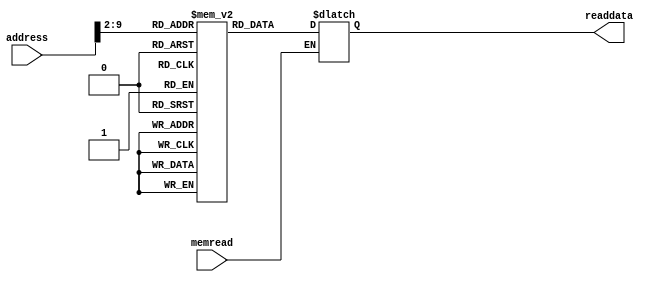
module IMemBank(input memread, input [31:0] address, output reg [31:0] readdata);
 
  reg [31:0] mem_array [255:0];
  reg [31:0]temp;
  integer i;
  initial begin
    for (i=11; i<255; i=i+1)   
	begin
       	mem_array[i]=32'b0;
	end
  end
  always@(memread, address, mem_array[address])
  begin
    if(memread)begin
      temp=address>>2;
      readdata=mem_array[temp];
    end
    //////////////////////////////////////////////////////////////////////////////////////////////////////// test bench!
	//lvl 1
	/*mem_array[0]={6'b0,5'b10,5'b1,5'b11,5'b0,6'b100000};//add reg3,reg2,reg1 =30
	mem_array[1]={6'b0,5'b10,5'b1,5'b100,5'b0,6'b100010};//sub reg4,reg2,reg1 =10
	mem_array[2]={6'b0,5'b10,5'b1,5'b101,5'b0,6'b100101};//or reg5,reg2,reg1 =30
	mem_array[3]={6'b0,5'b10,5'b1,5'b110,5'b0,6'b100100};//and reg6,reg2,reg1 =0
	mem_array[4]={6'b0,5'b10,5'b1,5'b111,5'b0,6'b101010};//stl reg7,reg2,reg1 =0
	
	mem_array[5]={6'b001000,5'b10,5'b1000,16'b1010};//addi r8,r2,10 =30
	mem_array[6]={6'b001010,5'b10,5'b1001,16'b1010};//slti r9,r2,10 =0
	mem_array[7]={6'b001101,5'b10,5'b1010,16'b1010};//ori r10,r2,10 =30
	mem_array[8]={6'b001100,5'b10,5'b1011,16'b1010};//andi r11,r2,10 =0

	mem_array[9]={6'b101011,5'b10,5'b0,16'b1};//sw reg0,1(reg2) =mem[21]<=0
	mem_array[10]={6'b100011,5'b0,5'b1100,16'b0};//lw reg12,0(reg0) =reg[12]<=0
*/
/////////////////////////////////////////////////////////////////////////////////////////////////////////////
	//lvl 2
	/*mem_array[0]={6'b0,5'b10,5'b1,5'b11,5'b0,6'b100000};//add reg3,reg2,reg1 =30
	mem_array[1]={6'b0,5'b11,5'b1,5'b100,5'b0,6'b100010};//sub reg4,reg3,reg1 =20
	mem_array[2]={6'b0,5'b100,5'b1,5'b101,5'b0,6'b100101};//or reg5,reg4,reg1 =30
	mem_array[3]={6'b0,5'b10,5'b1,5'b110,5'b0,6'b100100};//and reg6,reg2,reg1 =0
	mem_array[4]={6'b0,5'b10,5'b1,5'b111,5'b0,6'b101010};//stl reg7,reg2,reg1 =0
	
	mem_array[5]={6'b001000,5'b10,5'b1000,16'b1010};//addi r8,r2,10 =30
	mem_array[6]={6'b001010,5'b1000,5'b1001,16'b1000000};//slti r9,r8,32 =1
	mem_array[7]={6'b001101,5'b10,5'b1010,16'b1010};//ori r10,r2,10 =30
	mem_array[8]={6'b001100,5'b1001,5'b1011,16'b1010};//andi r11,r9,10 =0

	mem_array[9]={6'b101011,5'b1010,5'b1011,16'b1};//sw reg11,1(reg10) =mem[31]<=0
	mem_array[10]={6'b100011,5'b1010,5'b1100,16'b01};//lw reg12,1(reg10) =reg[12]<=0*/
///////////////////////////////////////////////////////////////////////////////////////////////////////////
	//lvl 3
	// mem_array[0]={6'b0,5'b10,5'b1,5'b11,5'b0,6'b100000};//add reg3,reg2,reg1 =30
	// mem_array[1]={6'b0,5'b11,5'b1,5'b100,5'b0,6'b100010};//sub reg4,reg3,reg1 =20
	// mem_array[2]={6'b0,5'b100,5'b1,5'b101,5'b0,6'b100101};//or reg5,reg4,reg1 =30

	// mem_array[3]={6'b100,5'b100,5'b101,16'b10};//beq r4,r5,2ta

	// mem_array[4]={6'b0,5'b10,5'b1,5'b110,5'b0,6'b100100};//and reg6,reg2,reg1 =0

	// mem_array[5]={6'b101,5'b110,5'b101,16'b1000};//bne r6,r5,2ta

	// mem_array[6]={6'b0,5'b10,5'b1,5'b111,5'b0,6'b101010};//stl reg7,reg2,reg1 =0

	// mem_array[7]={6'b10,26'b100};//jump lable4 13 ya 14

	// mem_array[8]={6'b001000,5'b10,5'b1000,16'b1010};//addi r8,r2,10 =30
	// mem_array[9]={6'b001010,5'b1000,5'b1001,16'b1000000};//slti r9,r8,32 =1
	// mem_array[10]={6'b001101,5'b10,5'b1010,16'b1010};//ori r10,r2,10 =30
	// mem_array[11]={6'b001100,5'b1001,5'b1011,16'b1010};//andi r11,r9,10 =0

	// mem_array[12]={6'b101011,5'b1010,5'b1011,16'b1};//sw reg11,1(reg10) =mem[31]<=0
	// mem_array[13]={6'b100011,5'b1010,5'b1100,16'b01};//lw reg12,1(reg10) =reg[12]<=0


/*
	//r2=max , r3=min , r4=1 , r5=i , r6=adress , r7=current
	mem_array[0]={6'b001000,5'b0,5'b10,16'b1010};//addi r2,r0,10
	mem_array[1]={6'b001000,5'b0,5'b11,16'b1010};//addi r3,r0,10
	mem_array[2]={6'b001000,5'b0,5'b100,16'b1};//addi r4,r0,1
	mem_array[3]={6'b001000,5'b0,5'b101,16'b1};//addi r5,r0,1
	//loop:
	mem_array[4]={6'b0,5'b0,5'b00101,5'b00110,11'b0};//add r6,r0,r5
	mem_array[5]={6'b100011,5'b00110,5'b00111,16'b0};//lw r7,0(r6)
	mem_array[6]={6'b0,5'b10,5'b111,5'b01000,5'b0,6'b101010};//slt r8,r7,r2
	mem_array[7]={6'b100,5'b1000,5'b0,16'b10};//beq r8,r0,lable1
	mem_array[8]={6'b10,26'b1010};//jump lable2 adrese 9 ya 8
	//lable1
	mem_array[9]={6'b1000,5'b111,5'b10,16'b0};//addi r2,r7,0
	//lable2:
	mem_array[10]={6'b0,5'b11,5'b111,5'b1000,5'b0,6'b101010};//slt r8,r3,r7
	mem_array[11]={6'b100,5'b1000,5'b0,16'b10};//beq r8,r0,lable3
	mem_array[12]={6'b10,26'b1110};//jump lable4 13 ya 14
	//lable3:
	mem_array[13]={6'b1000,5'b111,5'b11,16'b0};//addi r3,r7,0
	//lable4
	mem_array[14]={6'b1000,5'b101,5'b101,16'b1};//addi r5,r5,1
	mem_array[15]={6'b1010,5'b100,5'b1001,16'b1011};//slti r9,r5,11
	mem_array[16]={6'b100,5'b1001,5'b100,16'b1111111111110100};//beq r9,r4,loop
*/
  end
endmodule